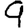
Digit: 9